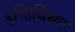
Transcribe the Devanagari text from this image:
इन्हिबिसन